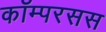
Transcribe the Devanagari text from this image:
कॉम्परसस